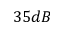
3 5 d B